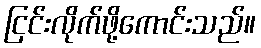
ငြင်းလိုက်ဖို့ကောင်းသည်။